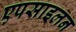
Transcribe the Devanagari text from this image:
एपसाइलन